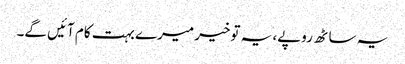
یہ ساٹھ روپے، یہ توخیر میرے بہت کام آئیں گے۔